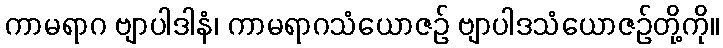
ကာမရာဂ ဗျာပါဒါနံ၊ ကာမရာဂသံယောဇဉ် ဗျာပါဒသံယောဇဉ်တို့ကို။